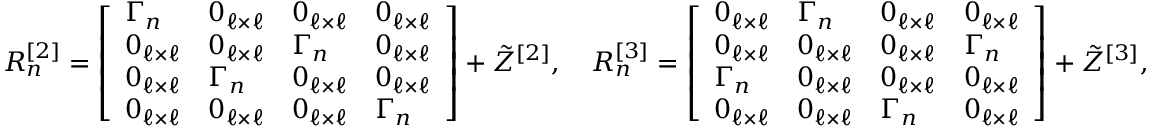
\begin{array} { r } { R _ { n } ^ { [ 2 ] } = \left[ \begin{array} { l l l l } { \Gamma _ { n } } & { 0 _ { \ell \times \ell } } & { 0 _ { \ell \times \ell } } & { 0 _ { \ell \times \ell } } \\ { 0 _ { \ell \times \ell } } & { 0 _ { \ell \times \ell } } & { \Gamma _ { n } } & { 0 _ { \ell \times \ell } } \\ { 0 _ { \ell \times \ell } } & { \Gamma _ { n } } & { 0 _ { \ell \times \ell } } & { 0 _ { \ell \times \ell } } \\ { 0 _ { \ell \times \ell } } & { 0 _ { \ell \times \ell } } & { 0 _ { \ell \times \ell } } & { \Gamma _ { n } } \end{array} \right] + \Tilde { Z } ^ { [ 2 ] } , \quad R _ { n } ^ { [ 3 ] } = \left[ \begin{array} { l l l l } { 0 _ { \ell \times \ell } } & { \Gamma _ { n } } & { 0 _ { \ell \times \ell } } & { 0 _ { \ell \times \ell } } \\ { 0 _ { \ell \times \ell } } & { 0 _ { \ell \times \ell } } & { 0 _ { \ell \times \ell } } & { \Gamma _ { n } } \\ { \Gamma _ { n } } & { 0 _ { \ell \times \ell } } & { 0 _ { \ell \times \ell } } & { 0 _ { \ell \times \ell } } \\ { 0 _ { \ell \times \ell } } & { 0 _ { \ell \times \ell } } & { \Gamma _ { n } } & { 0 _ { \ell \times \ell } } \end{array} \right] + \Tilde { Z } ^ { [ 3 ] } , } \end{array}